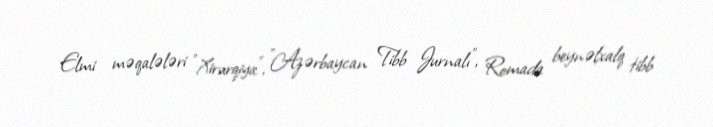
Elmi məqalələri "Xirurqiya", "Azərbaycan Tibb Jurnalı", Romada beynəlxalq tibb